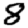
Digit: 8